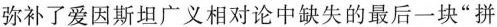
弥补了爱因斯坦广义相对论中缺失的最后一块”拼